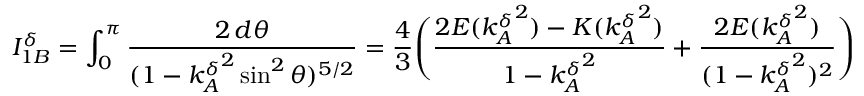
I _ { 1 B } ^ { \delta } = \int _ { 0 } ^ { \pi } \frac { 2 \, d \theta } { ( 1 - { k _ { A } ^ { \delta } } ^ { 2 } \sin ^ { 2 } \theta ) ^ { 5 / 2 } } = \frac { 4 } { 3 } \Bigg ( \frac { 2 E ( { k _ { A } ^ { \delta } } ^ { 2 } ) - K ( { k _ { A } ^ { \delta } } ^ { 2 } ) } { 1 - { k _ { A } ^ { \delta } } ^ { 2 } } + \frac { 2 E ( { k _ { A } ^ { \delta } } ^ { 2 } ) } { ( 1 - { k _ { A } ^ { \delta } } ^ { 2 } ) ^ { 2 } } \Bigg )